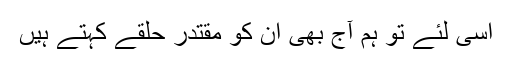
اسی لئے تو ہم آج بھی ان کو مقتدر حلقے کہتے ہیں